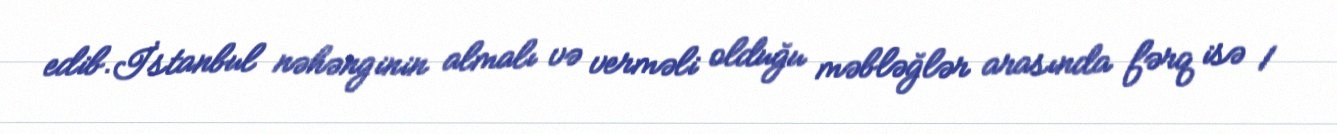
edib.İstanbul nəhənginin almalı və verməli olduğu məbləğlər arasında fərq isə 1